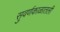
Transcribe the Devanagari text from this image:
सुवर्णकाळातली